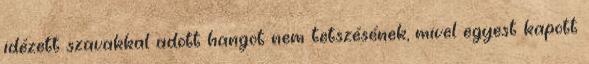
idézett szavakkal adott hangot nem tetszésének, mivel egyest kapott